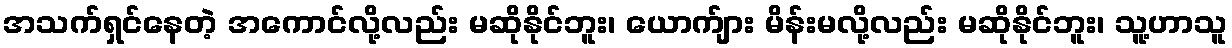
အသက်ရှင်နေတဲ့ အကောင်လို့လည်း မဆိုနိုင်ဘူး၊ ယောက်ျား မိန်းမလို့လည်း မဆိုနိုင်ဘူး၊ သူ့ဟာသူ